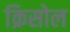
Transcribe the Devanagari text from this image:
क्रिसोल